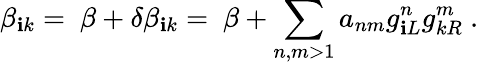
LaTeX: \beta_{\mathbf{i}k}=\ \beta+\delta\beta_{\mathbf{i}k}=\ \beta+\sum_{n,m>1}a_{nm}g_{\mathbf{i}L}^{n}g_{kR}^{m}\ .